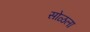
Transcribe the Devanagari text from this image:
सोळला